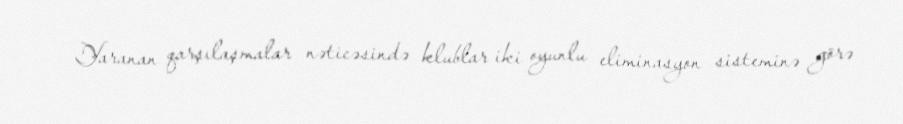
Yaranan qarşılaşmalar nəticəsində klublar iki oyunlu eliminasyon sisteminə görə